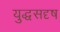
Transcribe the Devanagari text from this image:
युद्धसदृष